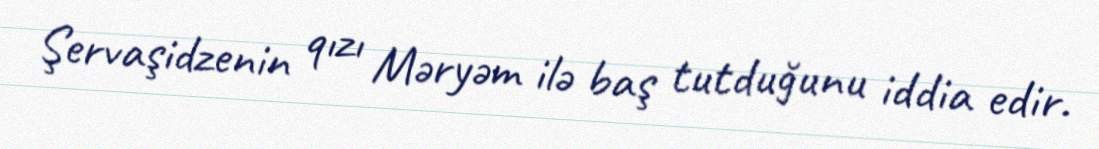
Şervaşidzenin qızı Məryəm ilə baş tutduğunu iddia edir.